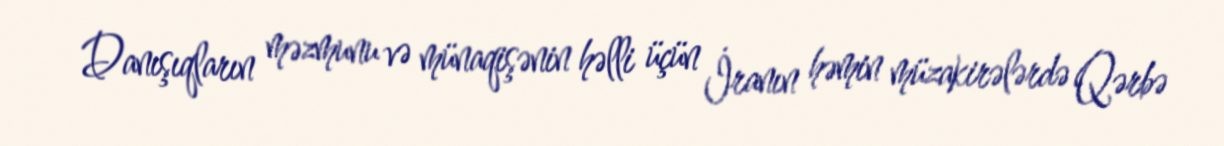
Danışıqların məzmunu və münaqişənin həlli üçün İranın həmin müzakirələrdə Qərbə